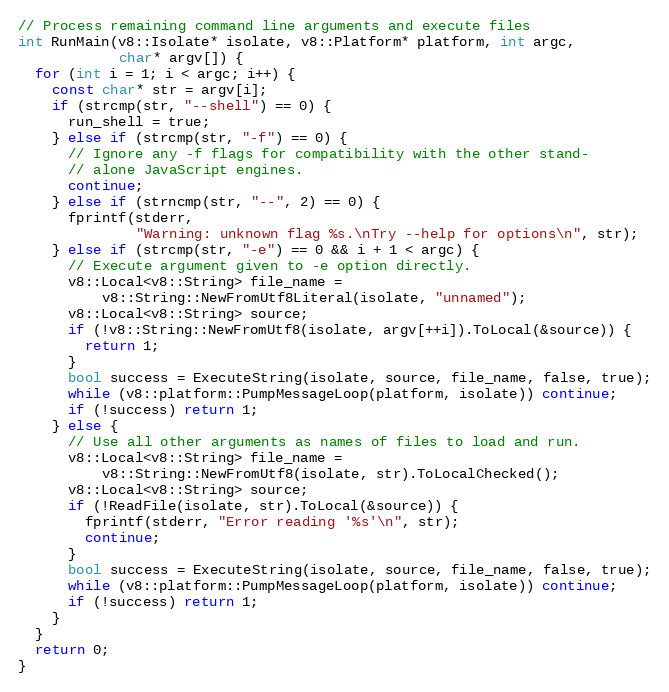
Language: C++
// Process remaining command line arguments and execute files
int RunMain(v8::Isolate* isolate, v8::Platform* platform, int argc,
            char* argv[]) {
  for (int i = 1; i < argc; i++) {
    const char* str = argv[i];
    if (strcmp(str, "--shell") == 0) {
      run_shell = true;
    } else if (strcmp(str, "-f") == 0) {
      // Ignore any -f flags for compatibility with the other stand-
      // alone JavaScript engines.
      continue;
    } else if (strncmp(str, "--", 2) == 0) {
      fprintf(stderr,
              "Warning: unknown flag %s.\nTry --help for options\n", str);
    } else if (strcmp(str, "-e") == 0 && i + 1 < argc) {
      // Execute argument given to -e option directly.
      v8::Local<v8::String> file_name =
          v8::String::NewFromUtf8Literal(isolate, "unnamed");
      v8::Local<v8::String> source;
      if (!v8::String::NewFromUtf8(isolate, argv[++i]).ToLocal(&source)) {
        return 1;
      }
      bool success = ExecuteString(isolate, source, file_name, false, true);
      while (v8::platform::PumpMessageLoop(platform, isolate)) continue;
      if (!success) return 1;
    } else {
      // Use all other arguments as names of files to load and run.
      v8::Local<v8::String> file_name =
          v8::String::NewFromUtf8(isolate, str).ToLocalChecked();
      v8::Local<v8::String> source;
      if (!ReadFile(isolate, str).ToLocal(&source)) {
        fprintf(stderr, "Error reading '%s'\n", str);
        continue;
      }
      bool success = ExecuteString(isolate, source, file_name, false, true);
      while (v8::platform::PumpMessageLoop(platform, isolate)) continue;
      if (!success) return 1;
    }
  }
  return 0;
}